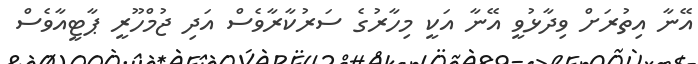
އޭނާ އިތުރަށް ވިދާޅުވީ އޭނާ އަކީ މިހާރުގެ ސަރުކާރާވެސް އަދި ޖުމްހޫރީ ޕާޓީއާވެސް